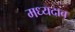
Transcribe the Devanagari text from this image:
मध्यदाब